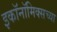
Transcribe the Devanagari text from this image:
इकॉनॉमिक्सच्या